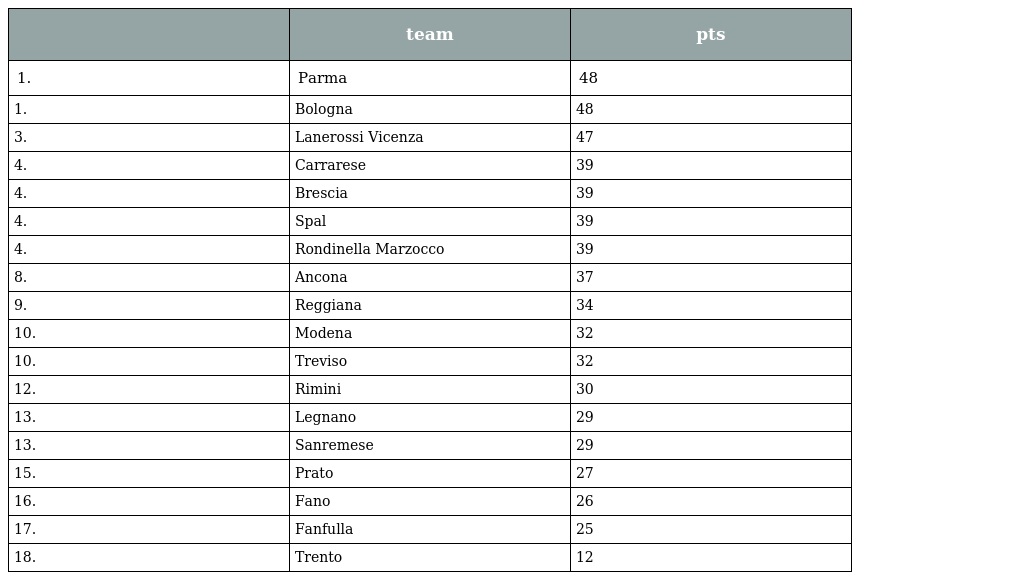
|  | team | pts |
 | --- | --- | --- |
 | 1. | Parma | 48 |
 | 1. | Bologna | 48 |
 | 3. | Lanerossi Vicenza | 47 |
 | 4. | Carrarese | 39 |
 | 4. | Brescia | 39 |
 | 4. | Spal | 39 |
 | 4. | Rondinella Marzocco | 39 |
 | 8. | Ancona | 37 |
 | 9. | Reggiana | 34 |
 | 10. | Modena | 32 |
 | 10. | Treviso | 32 |
 | 12. | Rimini | 30 |
 | 13. | Legnano | 29 |
 | 13. | Sanremese | 29 |
 | 15. | Prato | 27 |
 | 16. | Fano | 26 |
 | 17. | Fanfulla | 25 |
 | 18. | Trento | 12 |